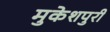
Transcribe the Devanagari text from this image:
मुकेशपुरी